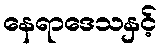
နေရာဒေသနှင့်